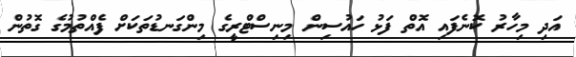
އަދި މިހާރު ކޮނެފައި އޮތް ފަޅު ހައުސިން މިނިސްޓްރީގެ މިންގަނޑުތަކަށް ފެއްތުމުގެ ގޮތުން